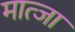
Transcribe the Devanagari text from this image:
मात्जा